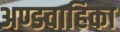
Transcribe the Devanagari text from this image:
अण्डवाहिका